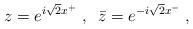
LaTeX: \begin{align*}z = e^{i\sqrt2 x^+}\;,\;\; \bar z = e^{-i\sqrt2 x^-}\;,\end{align*}